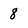
Character: 8